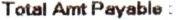
TOTAL AMT PAYABLE :